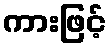
ကားဖြင့်